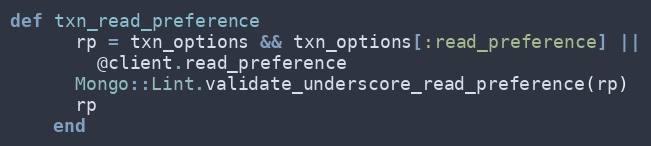
Language: Ruby
def txn_read_preference
      rp = txn_options && txn_options[:read_preference] ||
        @client.read_preference
      Mongo::Lint.validate_underscore_read_preference(rp)
      rp
    end